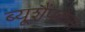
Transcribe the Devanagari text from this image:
ब्यूशैंपकेस